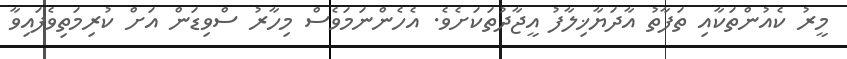
މީރު ކެއުންތަކާއި ތަފާތު އާދަޔާޚިލާފު އީޖާދުތަކަށެވެ. އެހެންނަމަވެސް މިހާރު ސްވިޑަން އަށް ކުރިމަތިވެފައިވާ